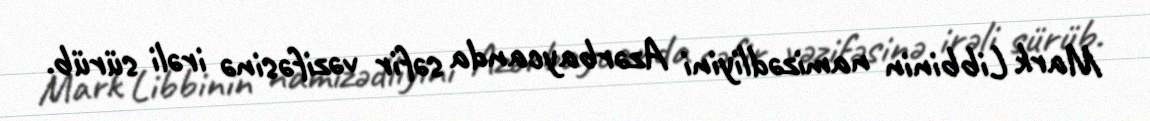
Mark Libbinin namizədliyini Azərbaycanda səfir vəzifəsinə irəli sürüb.